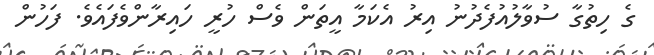
ގެ ހިތުގާ ސުވާލުއުފެދުނު އިރު އެކަމާ އީތަން ވެސް ހުރީ ހައިރާންވެފައެވެ. ފަހުން